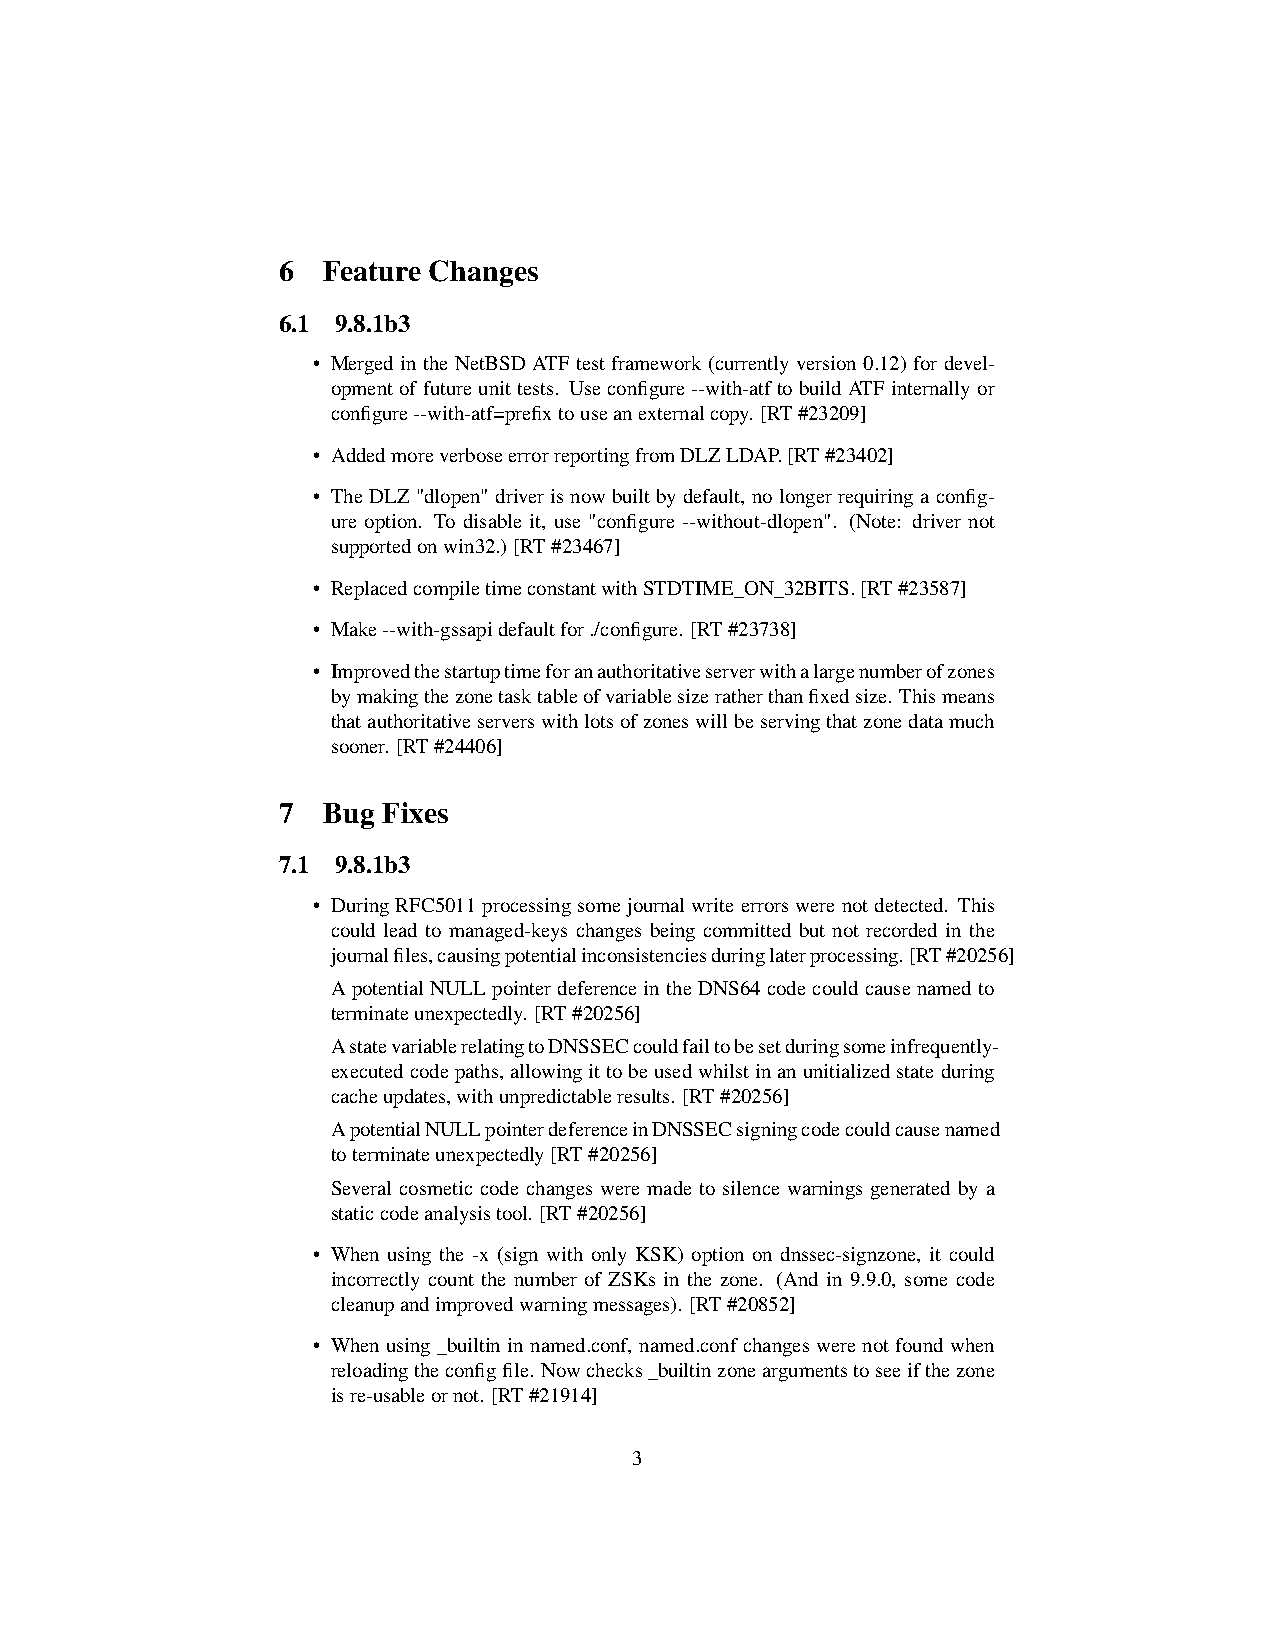
6  Feature Changes
 6.1 9.8.1b3
 • Merged in the NetBSD ATF test framework (currently version 0.12) for devel-
 opmentoffutureunittests. Useconfigure--with-atftobuildATFinternallyor
 configure--with-atf=prefixtouseanexternalcopy. [RT#23209]
 • AddedmoreverboseerrorreportingfromDLZLDAP.[RT#23402]
 • TheDLZ"dlopen"driverisnowbuiltbydefault, nolongerrequiringaconfig-
 ure option. To disable it, use "configure --without-dlopen". (Note: driver not
 supportedonwin32.) [RT#23467]
 • ReplacedcompiletimeconstantwithSTDTIME_ON_32BITS.[RT#23587]
 • Make--with-gssapidefaultfor./configure. [RT#23738]
 • Improvedthestartuptimeforanauthoritativeserverwithalargenumberofzones
 bymakingthezonetasktableofvariablesizeratherthanfixedsize. Thismeans
 thatauthoritativeserverswithlotsofzoneswillbeservingthatzonedatamuch
 sooner. [RT#24406]
 7  Bug Fixes
 7.1 9.8.1b3
 • DuringRFC5011processingsomejournalwriteerrorswerenotdetected. This
 could lead to managed-keys changes being committed but not recorded in the
 journalfiles,causingpotentialinconsistenciesduringlaterprocessing.[RT#20256]
 Apotential NULLpointer deferencein the DNS64code couldcause namedto
 terminateunexpectedly. [RT#20256]
 AstatevariablerelatingtoDNSSECcouldfailtobesetduringsomeinfrequently-
 executedcodepaths, allowingittobeusedwhilstinanunitializedstateduring
 cacheupdates,withunpredictableresults. [RT#20256]
 ApotentialNULLpointerdeferenceinDNSSECsigningcodecouldcausenamed
 toterminateunexpectedly[RT#20256]
 Several cosmetic code changes were made to silence warnings generated by a
 staticcodeanalysistool. [RT#20256]
 • When using the -x (sign with only KSK) option on dnssec-signzone, it could
 incorrectly count the number of ZSKs in the zone. (And in 9.9.0, some code
 cleanupandimprovedwarningmessages). [RT#20852]
 • Whenusing_builtininnamed.conf, named.confchangeswerenotfoundwhen
 reloadingtheconfigfile. Nowchecks_builtinzoneargumentstoseeifthezone
 isre-usableornot. [RT#21914]
 3